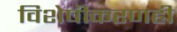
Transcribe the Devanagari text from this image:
विशेषीकरणही